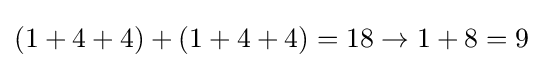
(1+4+4)+(1+4+4)=18\rightarrow 1+8=9